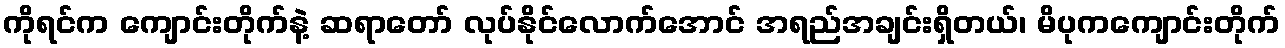
ကိုရင်က ကျောင်းတိုက်နဲ့ ဆရာတော် လုပ်နိုင်လောက်အောင် အရည်အချင်းရှိတယ်၊ မိပုကကျောင်းတိုက်